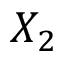
X _ { 2 }